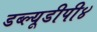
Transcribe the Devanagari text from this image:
डब्ल्यूडीपी४